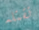
تقتله